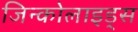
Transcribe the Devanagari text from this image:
जिन्कोलाइड्स